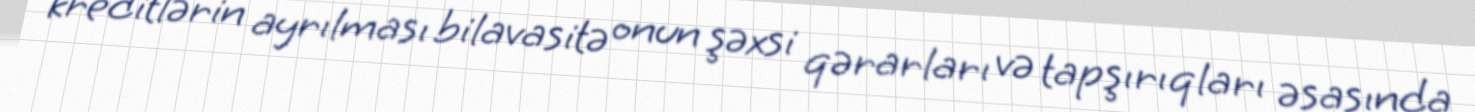
kreditlərin ayrılması bilavasitə onun şəxsi qərarları və tapşırıqları əsasında